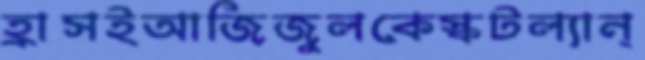
হ্রাসইআজিজুলকেস্কটল্যান্